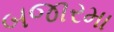
બજારમા